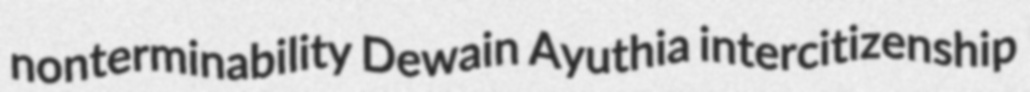
nonterminability Dewain Ayuthia intercitizenship